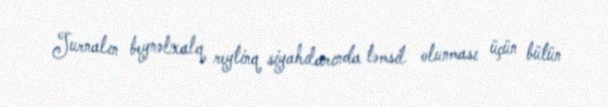
Jurnalın beynəlxalq reytinq siyahılarında təmsil olunması üçün bütün